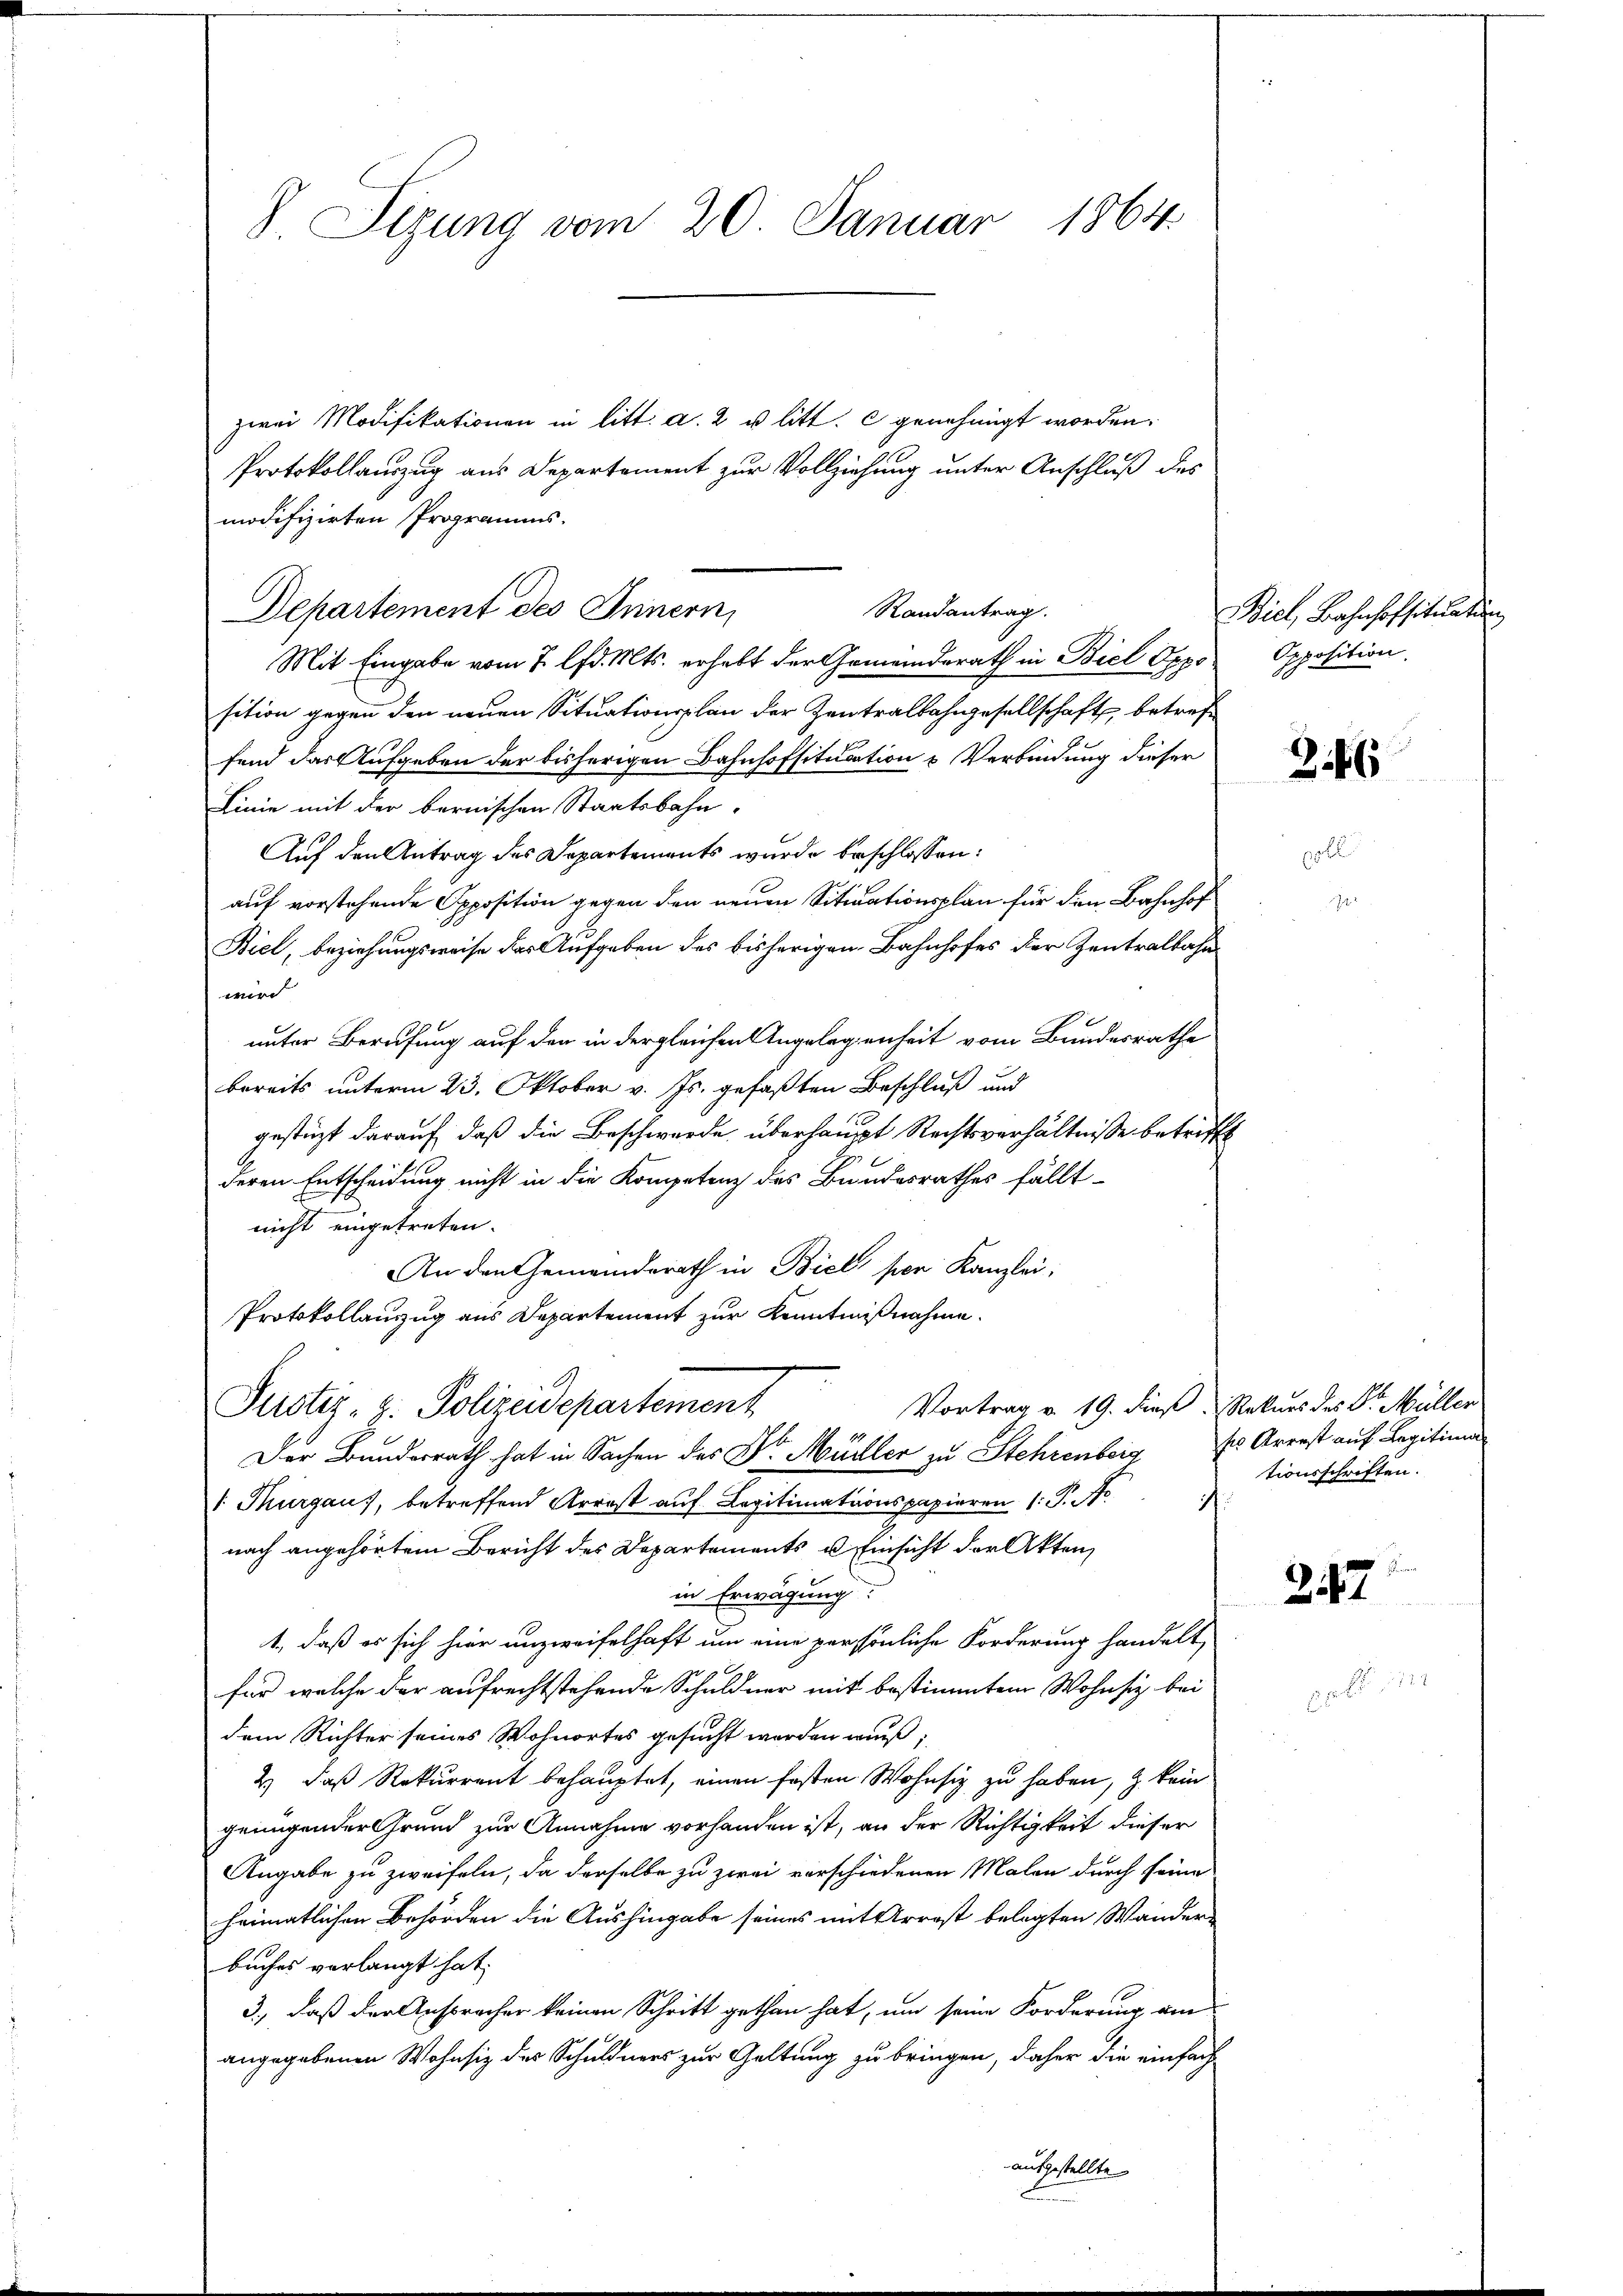
J. Sizung vom 20. Januar 1864.

zwei Modifikationen in litt. a. 2 u. litt. c genehmigt worden.
Protokollauszug aus Departement zur Vollziehung unter Anschluß des
modifizirten Programms.
Departement des Innern,
Mit Eingabe vom 7. lfd. Mts. erhebt der Gemeinderath in Biel Oppo
sition gegen den neuen Situationsplan der Zentralbahngesellschaft, betreffend das Aufgeben der bisherigen Bahnhofsituation & Verbindung dieser
Linie mit der bernischen Staatsbahn-
Auf den Antrag des Departements wurde beschlossen:
auf vorstehende Opposition gegen den neuen Sitiationsplan für den Bahnhof
Biel, beziehungsweise das Aufgaben des bisherigen Bahnhofes der Zentralbahnwird
unter Berufung auf den in dergleichen Angelegenheit vom Bundesrathe
bereits unterm 23. Oktober v. Js. gefaßten Beschluß und
gestüzt darauf, daß die Beschwerde überhaupt Rechtsverhältnisse betrifft
deren Entscheidung nicht in die Kompetenz des Bundesrathes fällt
nicht eingetreten.
An den Gemeinderath in Biel per Kanzlei:
Protokollanzug aus Departement zur Kenntnißnahme.
Vortrag v. 19. dieß Rekurs des Dr. Müller
Justiz, z. Polizeidepartement
Der Bundesrath hat in Sachen des Dr. Müller zu Stehrenbergs Arrest auf Legitima
 Thurgau), betreffend Arrest auf Legitimationspapieren 1. P. Nr.
nach angehörtem Bericht des Departements u Einsicht der Akten,
in Erwägung.
1., daß es sich hier unzweifelhaft um eine persönliche Forderung handelt,
für welche der aufrechtstehende Schuldner mit bestimmtem Wohnsitz bei
dem Richter seines Wohnortes gesucht worden muß,
2) daß Rekurrent behauptet, einen festen Wohnsiz zu haben, & kein
genügender Grund zur Annahme vorhanden ist, an der Richtigkeit dieser
Angabe zu zweifeln, da derselbe zu zwei verschiedenen Malen durch seine
heimatlichen Behörden die Aushingabe seines mit Arrest belegten Wänder
buches vorlangt hat,
3., daß der Anspracher keinen Schritt gethan hat, um seine Forderung am
angegebenen Wohnsitz des Schuldners zur Geltung zu bringen, daher die einfach
ausgestellte

Randantrag.

Biel, Bahnhofsituatung
Opposition.

2

tionsschriften.

257